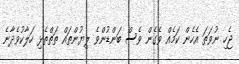
ޖެހި ނުވަތަ އެހެން ކަމެއް ވެގެން ވެސް ބަންޑުންވެ ލިޔުންތައް ތަތްތެޅި ހަލާކުވެދާނެ